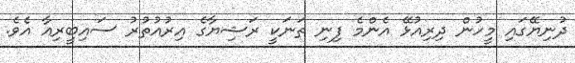
ދުނިޔޭގައި މީހުން ދިރިއުޅޭ އެންމެ ފިނި ތަނަކީ ރަޝިޔާގެ އިރުއުތުރު ސައިބީރިއާ އެވެ.